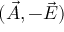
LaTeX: ( { \vec { A } } , - { \vec { E } } )